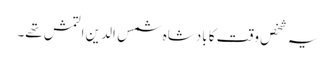
یہ شخص وقت کا بادشاہ شمس الدین التمش تھے۔